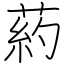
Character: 葯